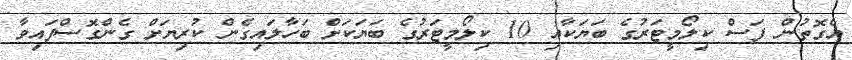
އެގޮތުން ފަސް ކިލޯމީޓަރުގެ ބަޔަކާއި 10 ކިލޯމީޓަރުގެ ބަޔަކަށް ބަހާލައިގެން ކުރިޔަށް ގެންގޮސްފައިވާ